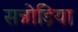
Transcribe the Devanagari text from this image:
सन्नोड़िया